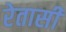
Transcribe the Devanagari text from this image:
रेतासी